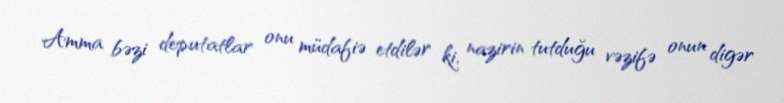
Amma bəzi deputatlar onu müdafiə etdilər ki, nazirin tutduğu vəzifə onun digər